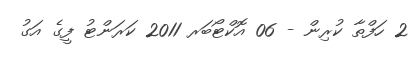
2 ހަފްތާ ކުރިން - 06 އޮކްޓޯބަރ 2011 ކަރަންޓު ފީގެ އަގު